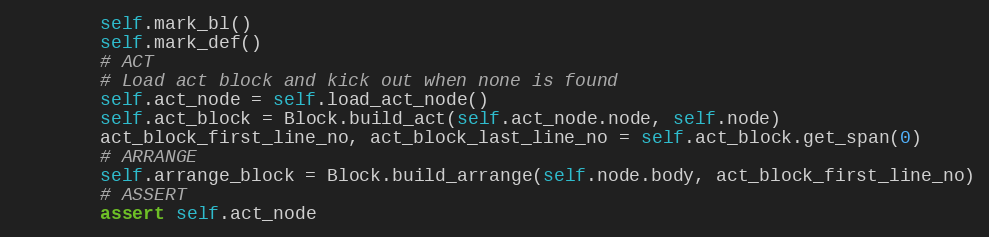
Language: Python
        self.mark_bl()
        self.mark_def()
        # ACT
        # Load act block and kick out when none is found
        self.act_node = self.load_act_node()
        self.act_block = Block.build_act(self.act_node.node, self.node)
        act_block_first_line_no, act_block_last_line_no = self.act_block.get_span(0)
        # ARRANGE
        self.arrange_block = Block.build_arrange(self.node.body, act_block_first_line_no)
        # ASSERT
        assert self.act_node